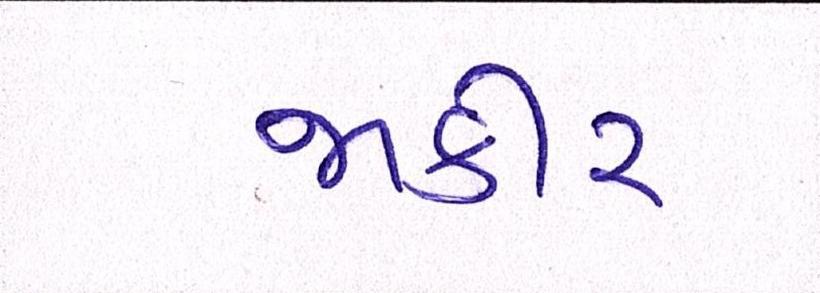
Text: જાકીર